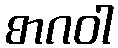
စာဂဝါ